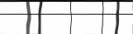
٥